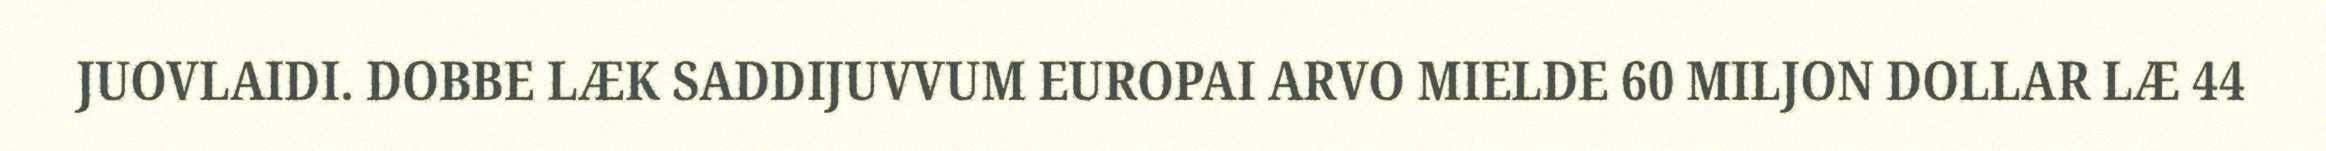
JUOVLAIDI. DOBBE LÆK SADDIJUVVUM EUROPAI ARVO MIELDE 60 MILJON DOLLAR LÆ 44